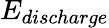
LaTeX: E_{discharge}